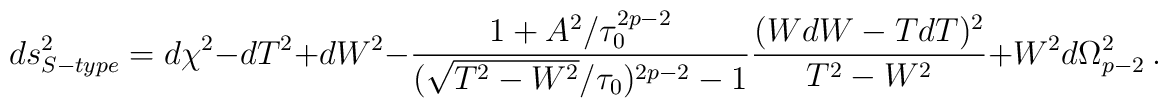
ds^2_{S-type}   =   d\chi^2 - dT^2 + dW^2 -\frac{1+A^2/\tau_0^{2p-2}}{(\sqrt{T^2-W^2}/\tau_0)^{2p-2} -1}\frac{(WdW-TdT)^2}{T^2-W^2} + W^2 d\Omega^2_{p-2} \ .